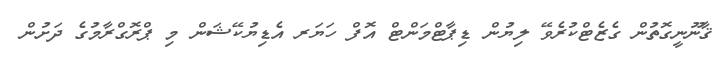
ޤާނޫނީގޮތުން ގެޒެޓްކުރެވޭ ލިޔުން ޑިޕާޓްމަންޓް އޮފް ހަޔަރ އެޑިޔުކޭޝަން މި ޕްރޮގްރާމުގެ ދަށުން